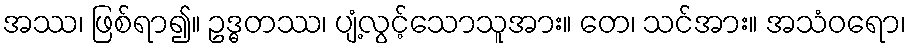
အဿ၊ ဖြစ်ရာ၍။ ဥဒ္ဓတဿ၊ ပျံ့လွင့်သောသူအား။ တေ၊ သင်အား။ အသံဝရော၊